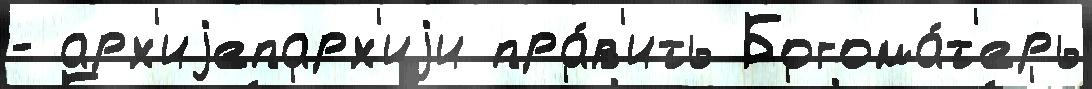
- арх'иjепарх'иjи пра́в'ить Богома́т'ерь